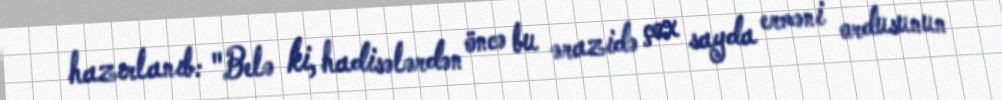
hazırlanıb: "Belə ki, hadisələrdən öncə bu ərazidə çox sayda erməni ordusunun